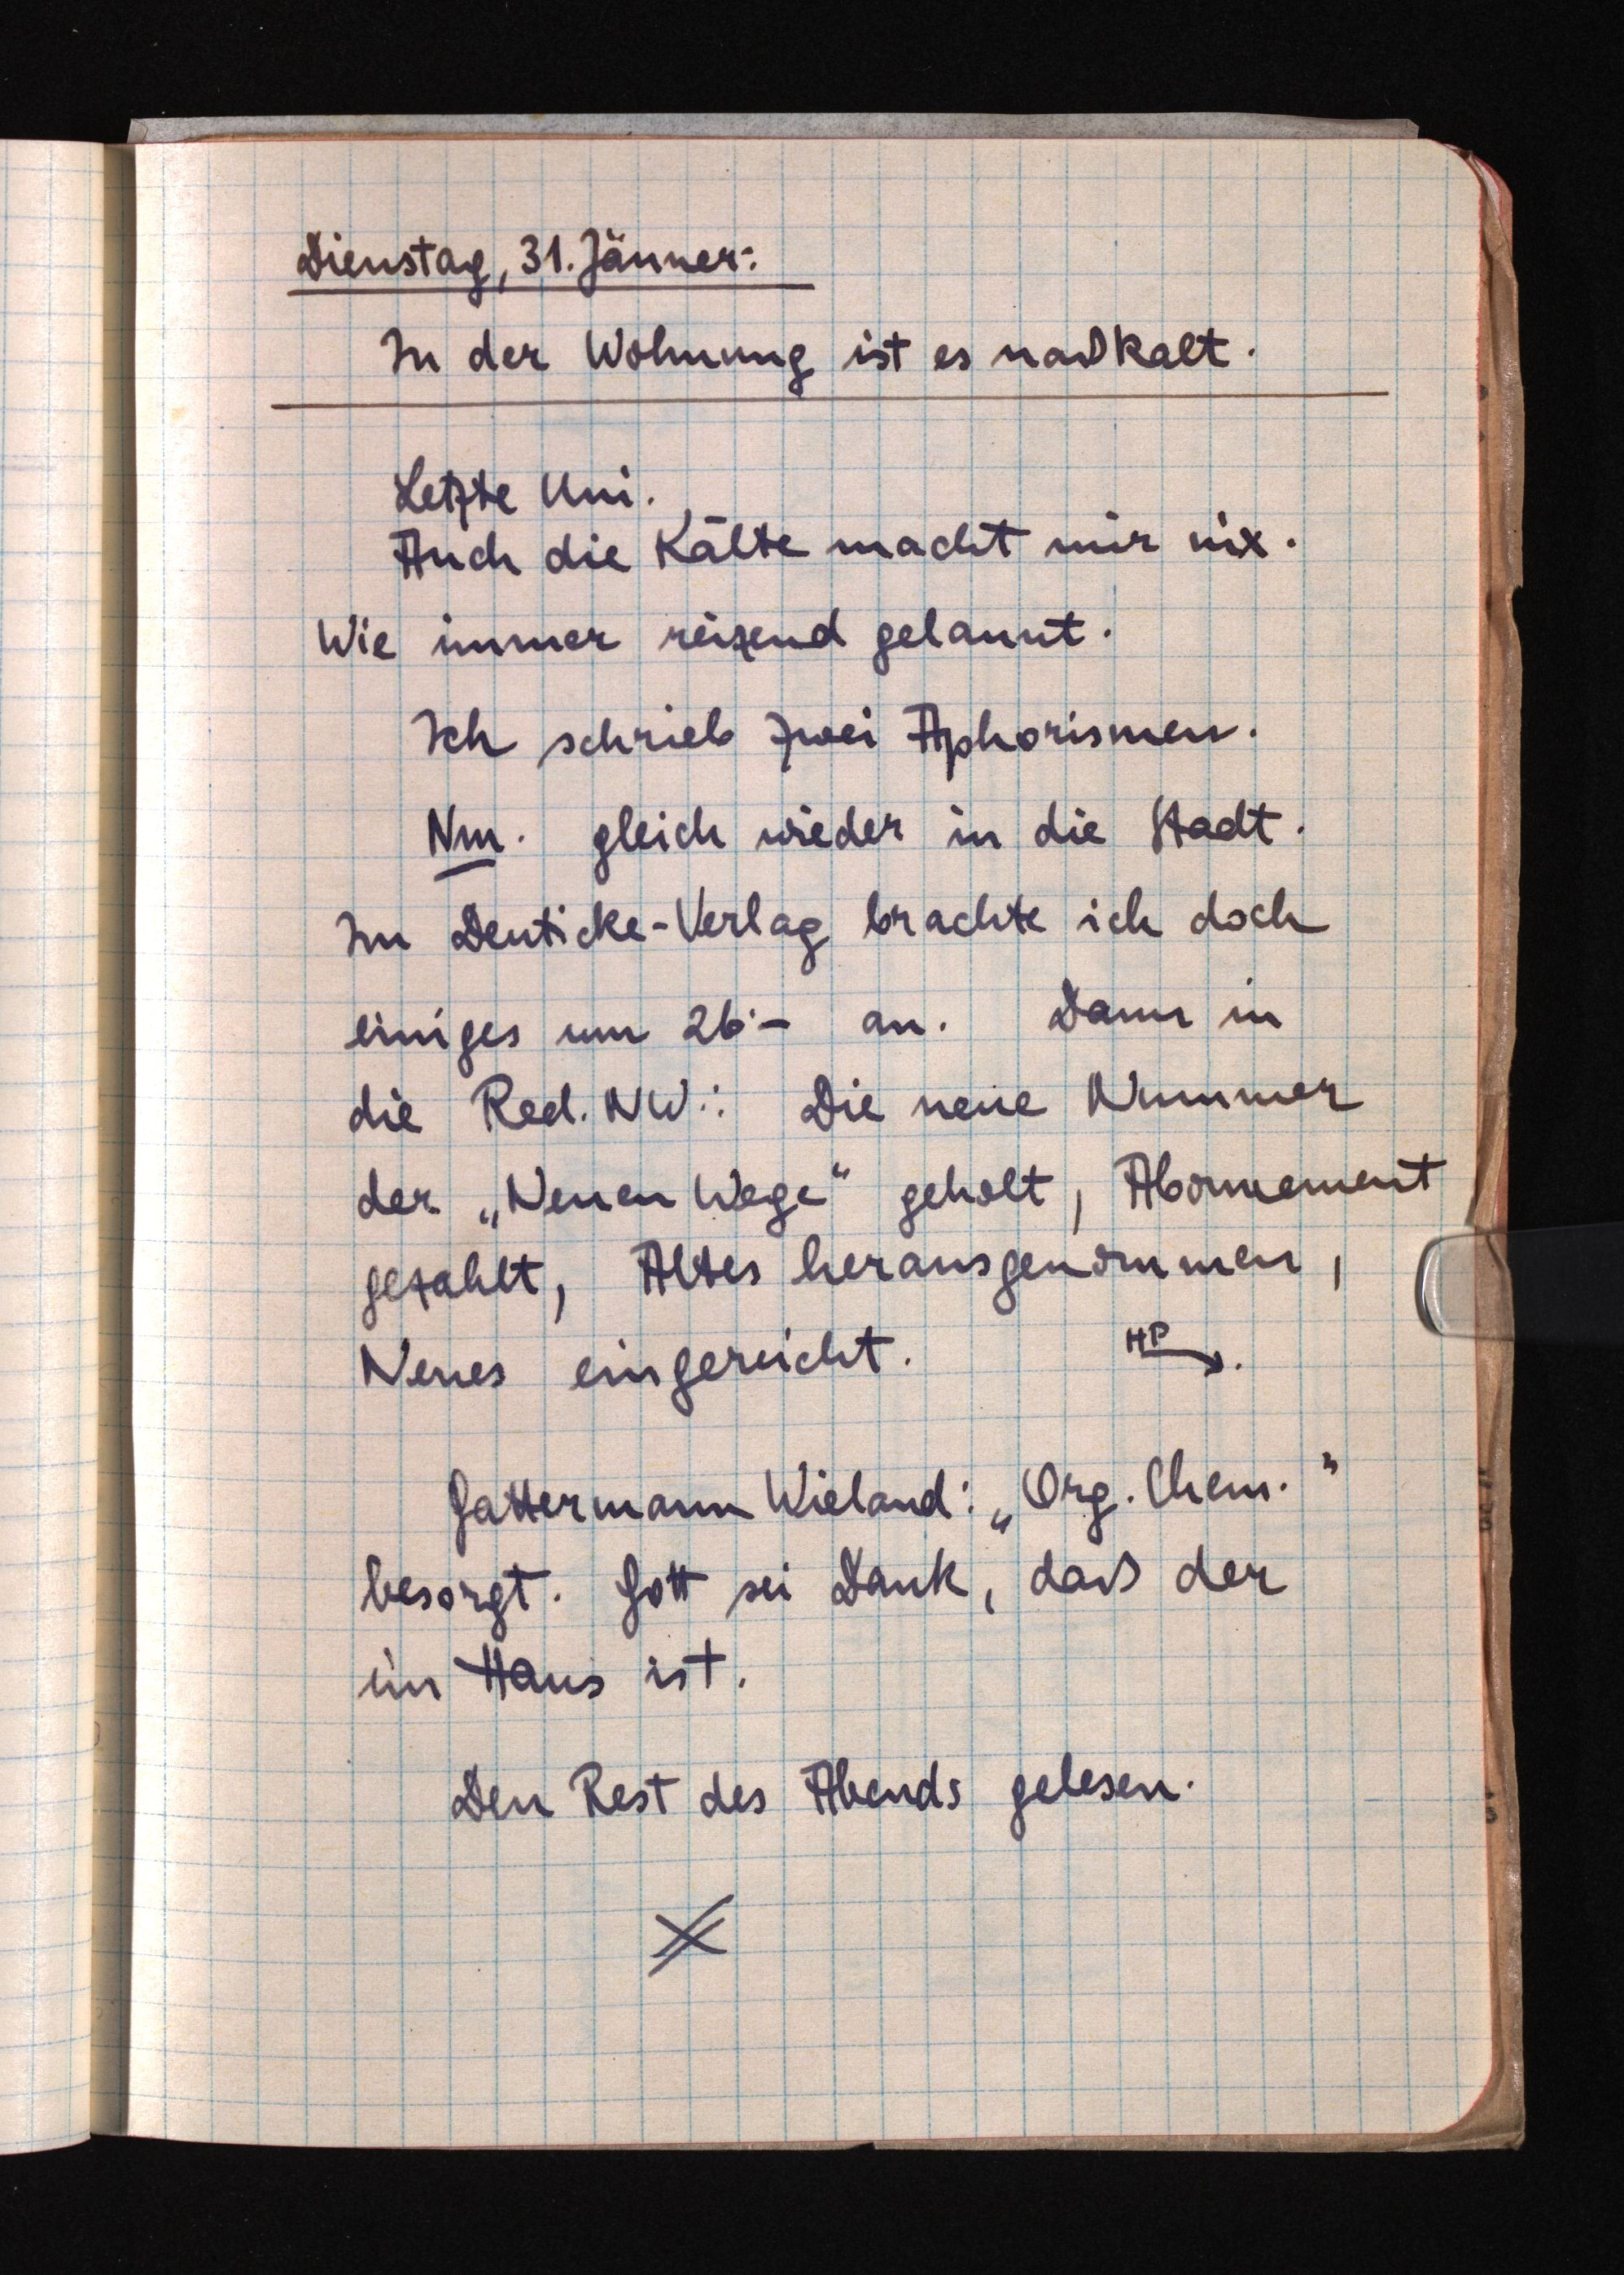
Dienstag, 31. Jänner:
In der Wohnung ist es naßkalt.
Letzte Uni.
Auch die Kälte macht mir nix.
Wie immer reizend gelaunt.
Ich schrieb zwei Aphorismen.
Nm. gleich wieder in die Stadt.
Im Deuticke-Verlag brachte ich doch
einiges um 26.- an. Dann in
die Red. NW.: Die neue Nummer
der "Neuen Wege" geholt, Abonnement
gezahlt, Altes herausgenommen,
Neues eingereicht.
HP
Gattermann Wieland: "Org. Chem."
besorgt. Gott sei Dank, daß der
im Haus ist.
Den Rest des Abends gelesen.